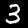
Digit: 3